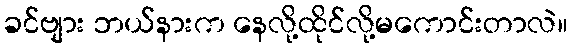
ခင်ဗျား ဘယ်နားက နေလို့ထိုင်လို့မကောင်းတာလဲ။